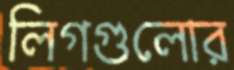
লিগগুলোর